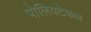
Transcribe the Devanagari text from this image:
पोलियटेकल